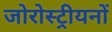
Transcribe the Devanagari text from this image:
जोरोस्ट्रीयनों